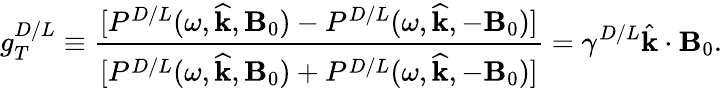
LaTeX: g_{T}^{D/L}\equiv\frac{\lbrack P^{D/L}(\omega,\widehat{\mathbf{k}},\mathbf{B}_{0})-P^{D/L}(\omega,\widehat{\mathbf{k}},-\mathbf{B}_{0})]}{[P^{D/L}(\omega,\widehat{\mathbf{k}},\mathbf{B}_{0})+P^{D/L}(\omega,\widehat{\mathbf{k}},-\mathbf{B}_{0})]}=\gamma^{D/L}\hat{\mathbf{k}}\cdot\mathbf{B}_{0}.